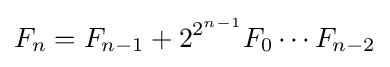
F_{n}=F_{n-1}+2^{2^{n-1}}F_{0}\cdots F_{n-2}